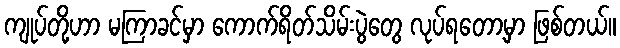
ကျုပ်တို့ဟာ မကြာခင်မှာ ကောက်ရိတ်သိမ်းပွဲတွေ လုပ်ရတော့မှာ ဖြစ်တယ်။